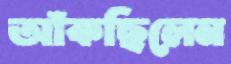
আঁকছিলেন